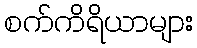
စက်ကိရိယာများ